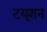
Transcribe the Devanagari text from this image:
टयूशन